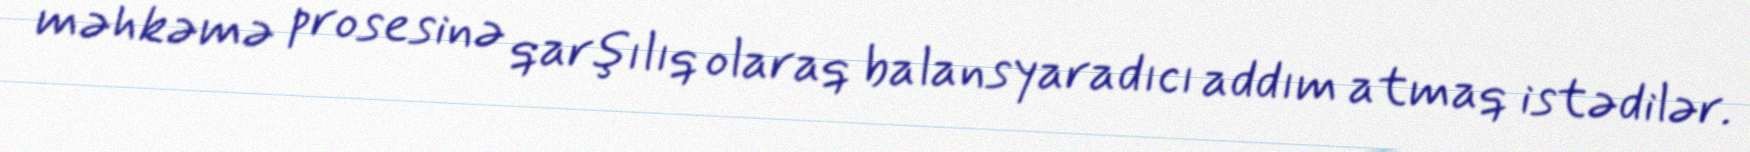
məhkəmə prosesinə qarşılıq olaraq balansyaradıcı addım atmaq istədilər.